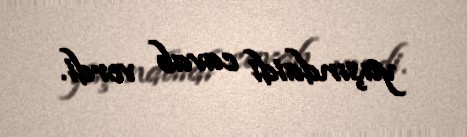
yaşındaidi cavab verdi.